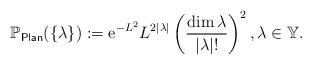
LaTeX: \begin{align*}\mathbb P_{\sf {Plan}}(\lbrace\lambda\rbrace) := {\rm e}^{-L^2}L^{2 | \lambda |}\left(\frac{\dim \lambda}{|\lambda|!}\right)^2 ,\lambda\in\mathbb Y.\end{align*}